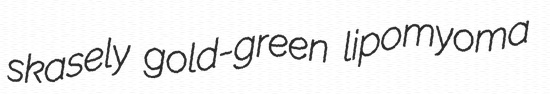
skasely gold-green lipomyoma